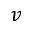
\boldsymbol { v }